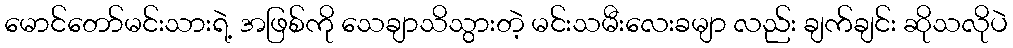
မောင်တော်မင်းသားရဲ့ အဖြစ်ကို သေချာသိသွားတဲ့ မင်းသမီးလေးခမျာ လည်း ချက်ချင်း ဆိုသလိုပဲ